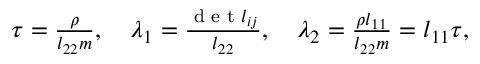
\begin{array} { r } { \tau = \frac { \rho } { l _ { 2 2 } m } , \quad \lambda _ { 1 } = \frac { \textrm { d e t } l _ { i j } } { l _ { 2 2 } } , \quad \lambda _ { 2 } = \frac { \rho l _ { 1 1 } } { l _ { 2 2 } m } = l _ { 1 1 } \tau , } \end{array}